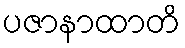
ပဇာနာထာတိ